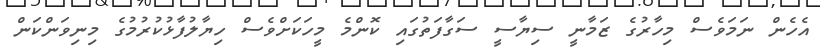
އެހެން ނަމަވެސް މިހާރުގެ ޒަމާނީ ސިޔާސީ ސަގާފަތުގައި ކޮންމެ މީހަކަށްވެސް ހިޔާލުފާޅުކުރުމުގެ މިނިވަންކަން